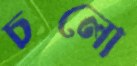
চলো